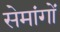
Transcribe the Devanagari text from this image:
सेमांगों